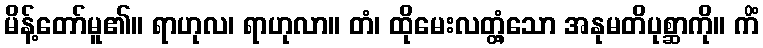
မိန့်တော်မူ၏။ ရာဟုလ၊ ရာဟုလာ။ တံ၊ ထိုမေးလတ္တံ့သော အနုမတိပုစ္ဆာကို။ ကိံ